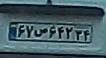
۶۷ص۶۴۲۳۴